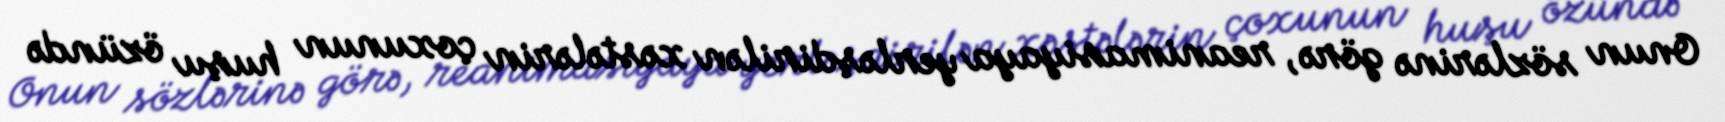
Onun sözlərinə görə, reanimasiyaya yerləşdirilən xəstələrin çoxunun huşu özündə